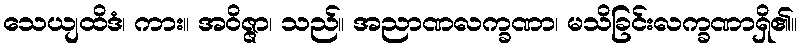
သေယျထိဒံ၊ ကား။ အဝိဇ္ဇာ၊ သည်။ အညာဏလက္ခဏာ၊ မသိခြင်းလက္ခဏာရှိ၏။